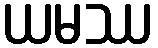
ယမဿ